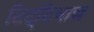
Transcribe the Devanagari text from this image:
टिट्‌टिभाद्य